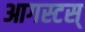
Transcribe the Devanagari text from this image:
आगस्टस्